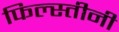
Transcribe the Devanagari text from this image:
फिल्स्तीनी